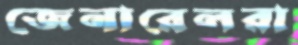
জেনারেলরা